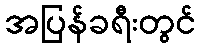
အပြန်ခရီးတွင်